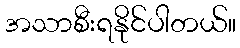
အသာစီးရနိုင်ပါတယ်။